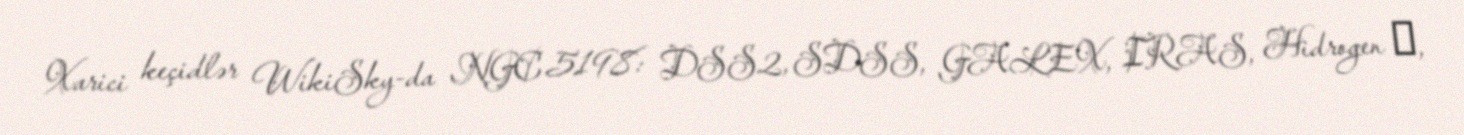
Xarici keçidlər WikiSky-da NGC 5198: DSS2, SDSS, GALEX, IRAS, Hidrogen α,